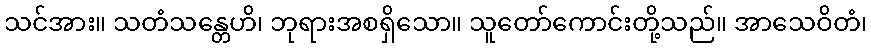
သင်အား။ သတံသန္တေဟိ၊ ဘုရားအစရှိသော။ သူတော်ကောင်းတို့သည်။ အာသေဝိတံ၊